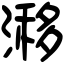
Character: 𣻗